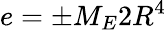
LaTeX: e=\pm M_{E}2R^{4}